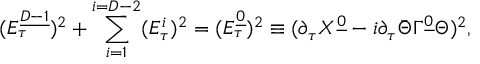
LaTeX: ( { \cal E } _ { \tau } ^ { \underline { { { D - 1 } } } } ) ^ { 2 } + \sum _ { i = 1 } ^ { i = D - 2 } ( { \cal E } _ { \tau } ^ { i } ) ^ { 2 } = ( { \cal E } _ { \tau } ^ { \underline { { 0 } } } ) ^ { 2 } \equiv ( \partial _ { \tau } X ^ { \underline { { 0 } } } - i \partial _ { \tau } \bar { \Theta } \Gamma ^ { \underline { { 0 } } } \Theta ) ^ { 2 } ,